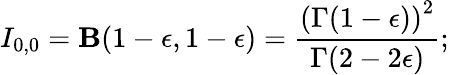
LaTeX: I_{0,0}=\mathbf{B}(1-\epsilon,1-\epsilon)={\frac{{\left({\Gamma(1-\epsilon)}\right)^{2}}}{{\Gamma(2-2\epsilon)}}};